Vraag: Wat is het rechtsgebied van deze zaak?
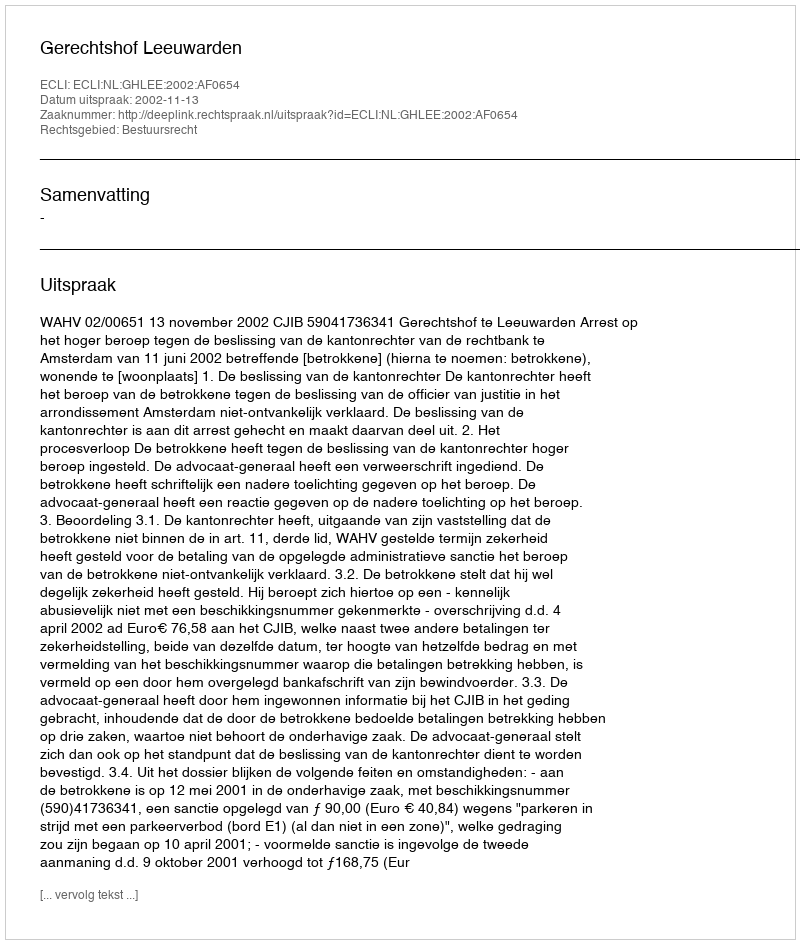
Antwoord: Bestuursrecht